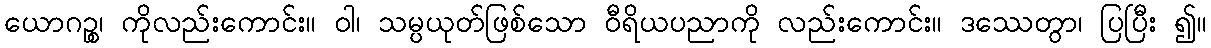
ယောဂဉ္စ၊ ကိုလည်းကောင်း။ ဝါ၊ သမ္ပယုတ်ဖြစ်သော ဝီရိယပညာကို လည်းကောင်း။ ဒဿေတွာ၊ ပြပြီး ၍။